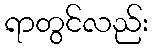
ရာတွင်လည်း